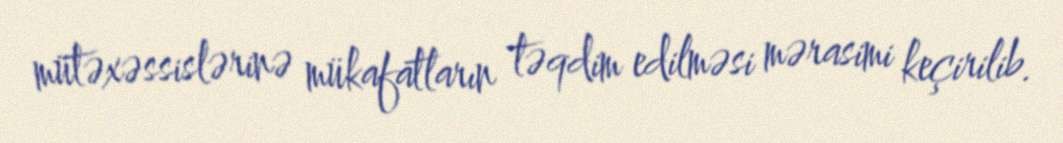
mütəxəssislərinə mükafatların təqdim edilməsi mərasimi keçirilib.